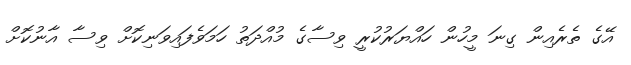
އޭގެ ތެރެއިން ގިނަ މީހުން ހައްޔަރުކުރީ ވިސާގެ މުއްދަތު ހަމަވެފައިވަނިކޮށް ވިސާ އާނުކޮށް